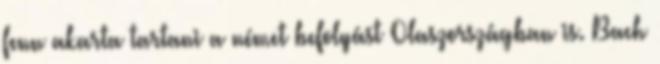
fenn akarta tartani a német befolyást Olaszországban is. Bach